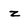
Character: z